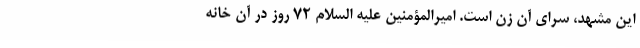
این مشهد، سرای آن زن است. امیر‌المؤمنین علیه السلام 72 روز در آن خانه